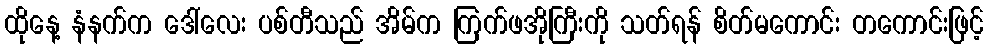
ထိုနေ့ နံနက်က ဒေါ်လေး ပစ်တီသည် အိမ်က ကြက်ဖအိုကြီးကို သတ်ရန် စိတ်မကောင်း တကောင်းဖြင့်